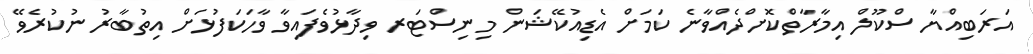
އަރަބިއްޔާ ސްކޫލް އިމާރާތްކޮށްދެއްވާނެ ކަމަށް އެޑިއުކޭޝަން މިނިސްޓަރ ވިދާޅުވެފައިވާ ވާހަކަފުޅަށް އިތުބާރު ނުކުރެވޭ